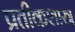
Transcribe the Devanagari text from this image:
प्रतीकशास्त्र